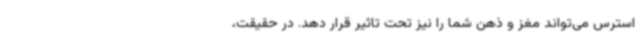
استرس می‌تواند مغز و ذهن شما را نیز تحت تاثیر قرار دهد. در حقیقت،